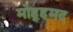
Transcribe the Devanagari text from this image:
मोह्हमद